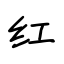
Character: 红